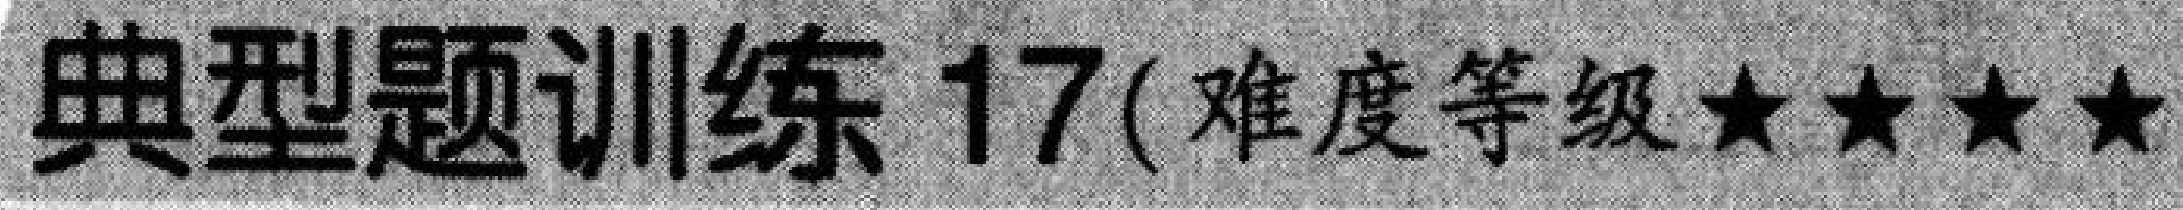
典型题训练 17(难度等级★★★★